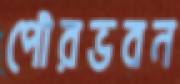
পৌরভবন